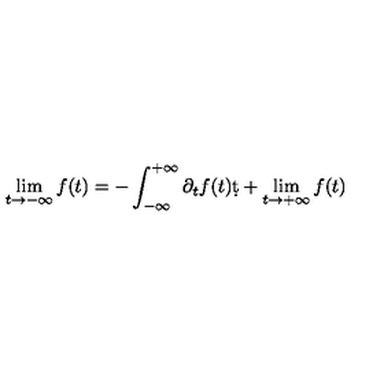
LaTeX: \lim _ { t \rightarrow - \infty } f ( t ) = - \int _ { - \infty } ^ { + \infty } \partial _ { t } f ( t ) \d t + \lim _ { t \rightarrow + \infty } f ( t )